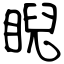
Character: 睨